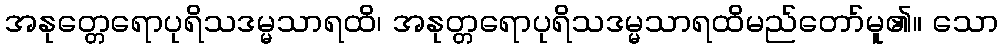
အနုတ္တေရောပုရိသဒမ္မသာရထိ၊ အနုတ္တရောပုရိသဒမ္မသာရထိမည်တော်မူ၏။ သော